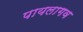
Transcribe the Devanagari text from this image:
पायलागव